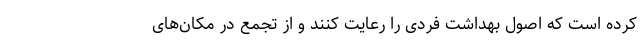
کرده است که اصول بهداشت فردی را رعایت کنند و از تجمع در مکان‌های